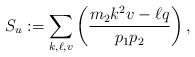
LaTeX: \begin{align*}S_u:=\sum_{k,\ell,v}\left(\dfrac{m_2k^2v-\ell q}{p_1p_2}\right),\end{align*}